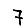
Digit: 7